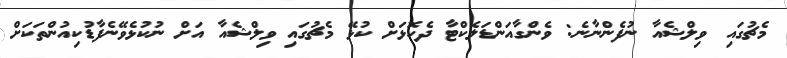
މެޗުގައި ވިލްޝެއާ ނުފެންނާނެ: ވެންގާއަންޑަލެކްޓާ ދެކޮޅަށް ކުޅޭ މެޗުގައި ވިލްޝެއާ އަށް ނުކުޅެވޭނެފާޑުކިއުންތަކަށް